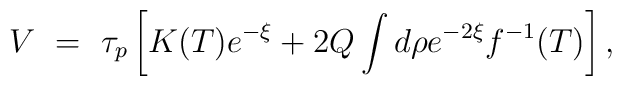
V~=~ \tau_p\left[ K(T)e^{-\xi} + 2Q\int d\rho e^{-2\xi}f^{-1}(T)\right],